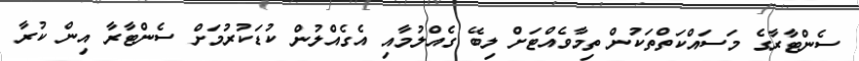
ސެންޓާރާގެ މަސައްކަތްތަކުން ތިމާވެއްޓަށް ލިބޭ ގެއްލުމާއި އެގެއްލުން ކުޑަކުރުމަށް ސެންޓާރާ އިން ކުރާ